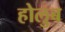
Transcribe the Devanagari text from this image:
होलुब